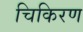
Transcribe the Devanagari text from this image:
चिकिरण